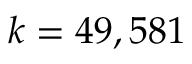
\textstyle k = 4 9 , 5 8 1